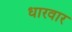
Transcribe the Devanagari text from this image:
धारवार